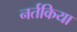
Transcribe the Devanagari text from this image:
नर्तकिया